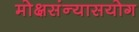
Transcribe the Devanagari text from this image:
मोक्षसंन्यासयोग